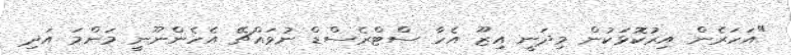
"އަހަރެން އިރުކޮޅަކުން މިދަނީ އިޒޫ އެހާ ސްޓްރެސްޑް ނުވައްޗޭ އެހެންނޫނީ މަންމަ އަދި